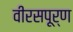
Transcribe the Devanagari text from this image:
वीरसपूर्ण